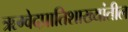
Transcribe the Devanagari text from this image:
ऋग्वेदप्रातिशाख्यांतील